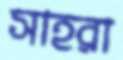
সাহরা